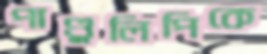
পাণ্ডুলিপিকে